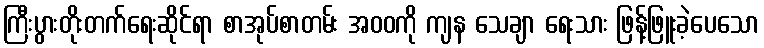
ကြီးပွားတိုးတက်ရေးဆိုင်ရာ စာအုပ်စာတမ်း အဝဝကို ကျန သေချာ ရေးသား ဖြန့်ဖြူးခဲ့ပေသော